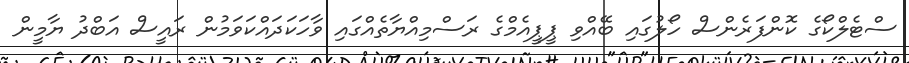
ސްޓެލްކޯގެ ކޮންފަރެންސް ހޯލުގައި ބޭއްވި ޕީޕީއެމްގެ ރަސްމިއްޔާތެއްގައި ވާހަކަދައްކަވަމުން ރައީސް އަބްދު ޔާމީން